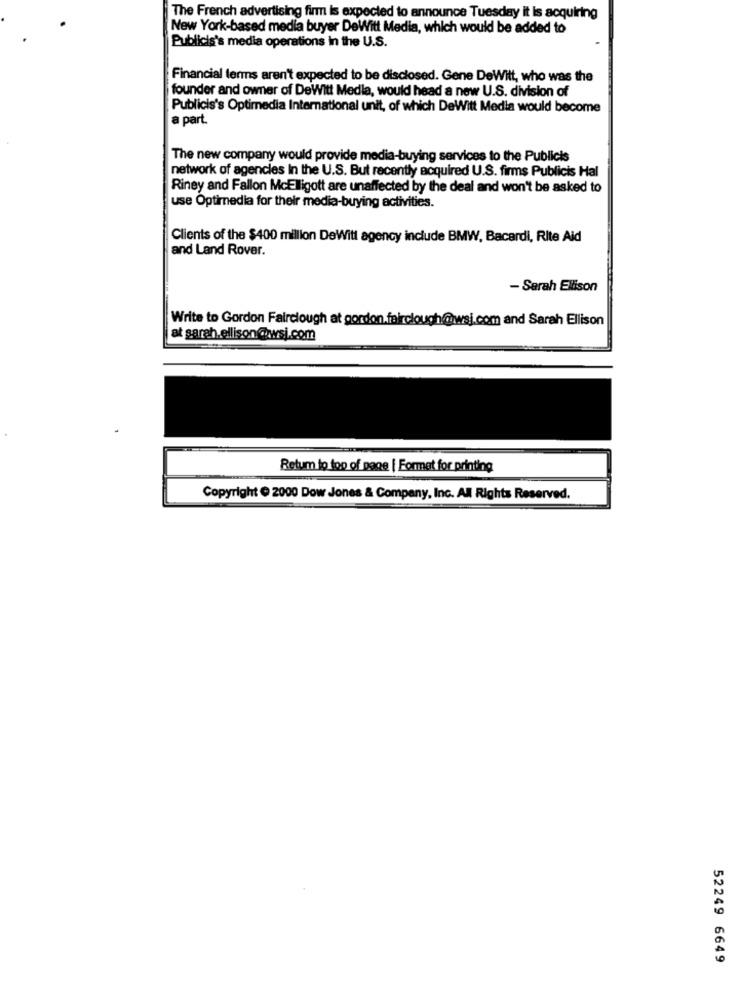
The French advertising firm is expected to announce Tuesday it is acquiring
New York-based media buyer DeWitt Media, which would be added to
Publicis's media operations in the U.S.
Financial terms aren't expected to be disclosed. Gene DeWitt, who was the
founder and owner of DeWitt Medla, would head a new U.S. division of
Publicis's Optimedia International unit, of which DeWitt Media would become
a part.
The new company would provide media-buying services to the Publicis
network of agencies In the U.S. But recently acquired U.S. firms Publicis Hal
Riney and Fallon McElligott are unaffected by the deal and won't be asked to
use Optimedia for their media-buying activities.
Clients of the $400 million DeWitt agency include BMW, Bacardi, Rite Aid
and Land Rover.
- Sarah Ellison
Write to Gordon Fairclough at gordon.fairclough@wsj.com and Sarah Ellison
at sarah.ellison@wsi.com
Retum to top of page | Format for printing
Copyright @ 2000 Dow Jones & Company, Inc. All Rights Reserved.
52249 6649